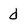
Character: d